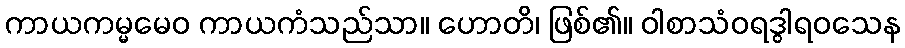
ကာယကမ္မမေဝ ကာယကံသည်သာ။ ဟောတိ၊ ဖြစ်၏။ ဝါစာသံဝရဒွါရဝသေန